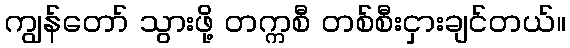
ကျွန်တော် သွားဖို့ တက္ကစီ တစ်စီးငှားချင်တယ်။